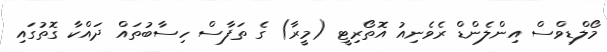
މޯލްޑިވްސް އިންލެންޑް ރެވެނިއު އޮތޯރިޓީ (މީރާ) ގެ ތަފާސް ހިސާބުތައް ދައްކާ ގޮތުގައި